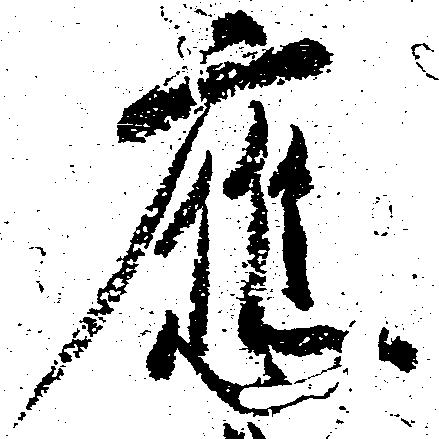
応